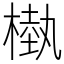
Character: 槸